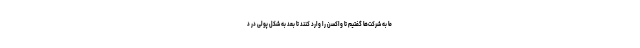
ما به شرکت‌ها گفتیم تا واکسن را وارد کنند تا بعد به شکل پولی در د